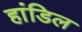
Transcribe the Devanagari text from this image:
हांडिल